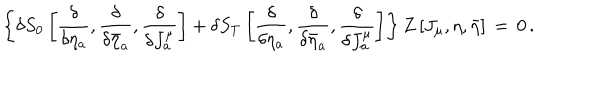
\left\{ \delta S _ { 0 } \left[ { \frac { \delta } { \delta \eta _ { a } } } , { \frac { \delta } { \delta \bar { \eta } _ { a } } } , { \frac { \delta } { \delta J _ { a } ^ { \mu } } } \right] + \delta S _ { T } \left[ { \frac { \delta } { \delta \eta _ { a } } } , { \frac { \delta } { \delta \bar { \eta } _ { a } } } , { \frac { \delta } { \delta J _ { a } ^ { \mu } } } \right] \right\} Z \left[ J _ { \mu } , \eta , \bar { \eta } \right] \, = \, 0 \, .